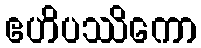
ဧဟိပဿိကော